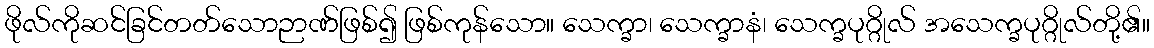
ဖိုလ်ကိုဆင်ခြင်တတ်သောဉာဏ်ဖြစ်၍ ဖြစ်ကုန်သော။ သေက္ခာ၊ သေက္ခာနံ၊ သေက္ခပုဂ္ဂိုလ် အသေက္ခပုဂ္ဂိုလ်တို့၏။